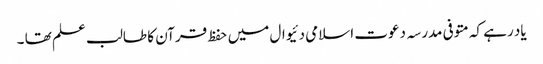
یاد رہے کہ متوفی مدرسہ دعوت اسلامی دئیوال میں حفظ قرآن کا طالب علم تھا ۔